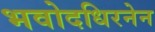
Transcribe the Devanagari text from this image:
भवोदधिरनेन